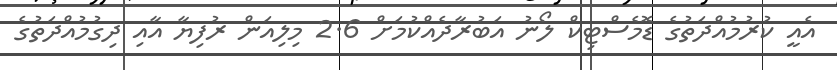
އެއީ ކުރުމުއްދަތުގެ ޑޮމެސްޓިކް ލޯނު އަބުރާދެއްކުމަށް 2.6 މިލިއަން ރުފިޔާ އާއި ދިގުމުއްދަތުގެ